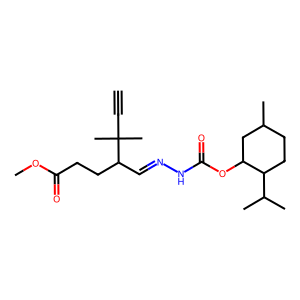
SMILES: C#CC(C)(C)C(C=NNC(=O)OC1CC(C)CCC1C(C)C)CCC(=O)OC
Inhibits HIV replication: No